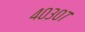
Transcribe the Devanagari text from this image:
४०३०७